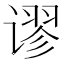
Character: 谬